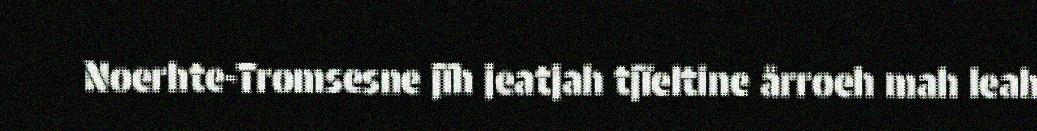
Noerhte-Tromsesne jïh jeatjah tjïeltine årroeh mah leah